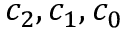
c _ { 2 } , c _ { 1 } , c _ { 0 }